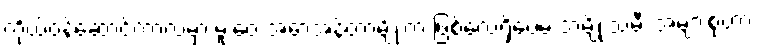
ကိုယ်ဝန်ဆောင်ကာလမှာ မူးဝေ အော့အန်တာမျိုးက ဖြစ်လေ့ရှိပေမဲ့ အမျိုးသမီး အများစုဟာ